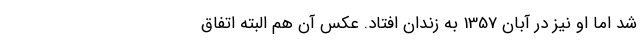
شد اما او نیز در آبان 1357 به زندان افتاد. عکس آن هم البته اتفاق